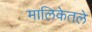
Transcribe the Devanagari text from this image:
मालिकेतले